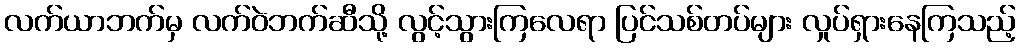
လက်ယာဘက်မှ လက်ဝဲဘက်ဆီသို့ လွင့်သွားကြလေရာ ပြင်သစ်တပ်များ လှုပ်ရှားနေကြသည့်